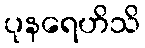
ပုနရေဟိသိ